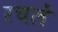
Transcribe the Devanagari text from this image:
रचलें